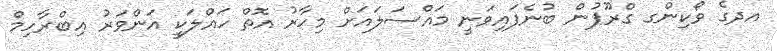
އދގެ ވޯކިންގ ގްރޫޕުން ބުނެފައިވަނީ މައްސަލައަށް މިހާރު އޮތް ހައްލަކީ އަންވަރު އިބްރާހިމް